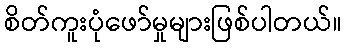
စိတ်ကူးပုံဖော်မှုများဖြစ်ပါတယ်။